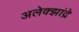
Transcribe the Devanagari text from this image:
अलेक्झांद्रे